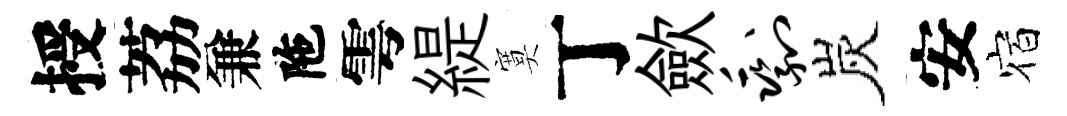
授荔兼陁雩緹寞丁歛剩炭安宿